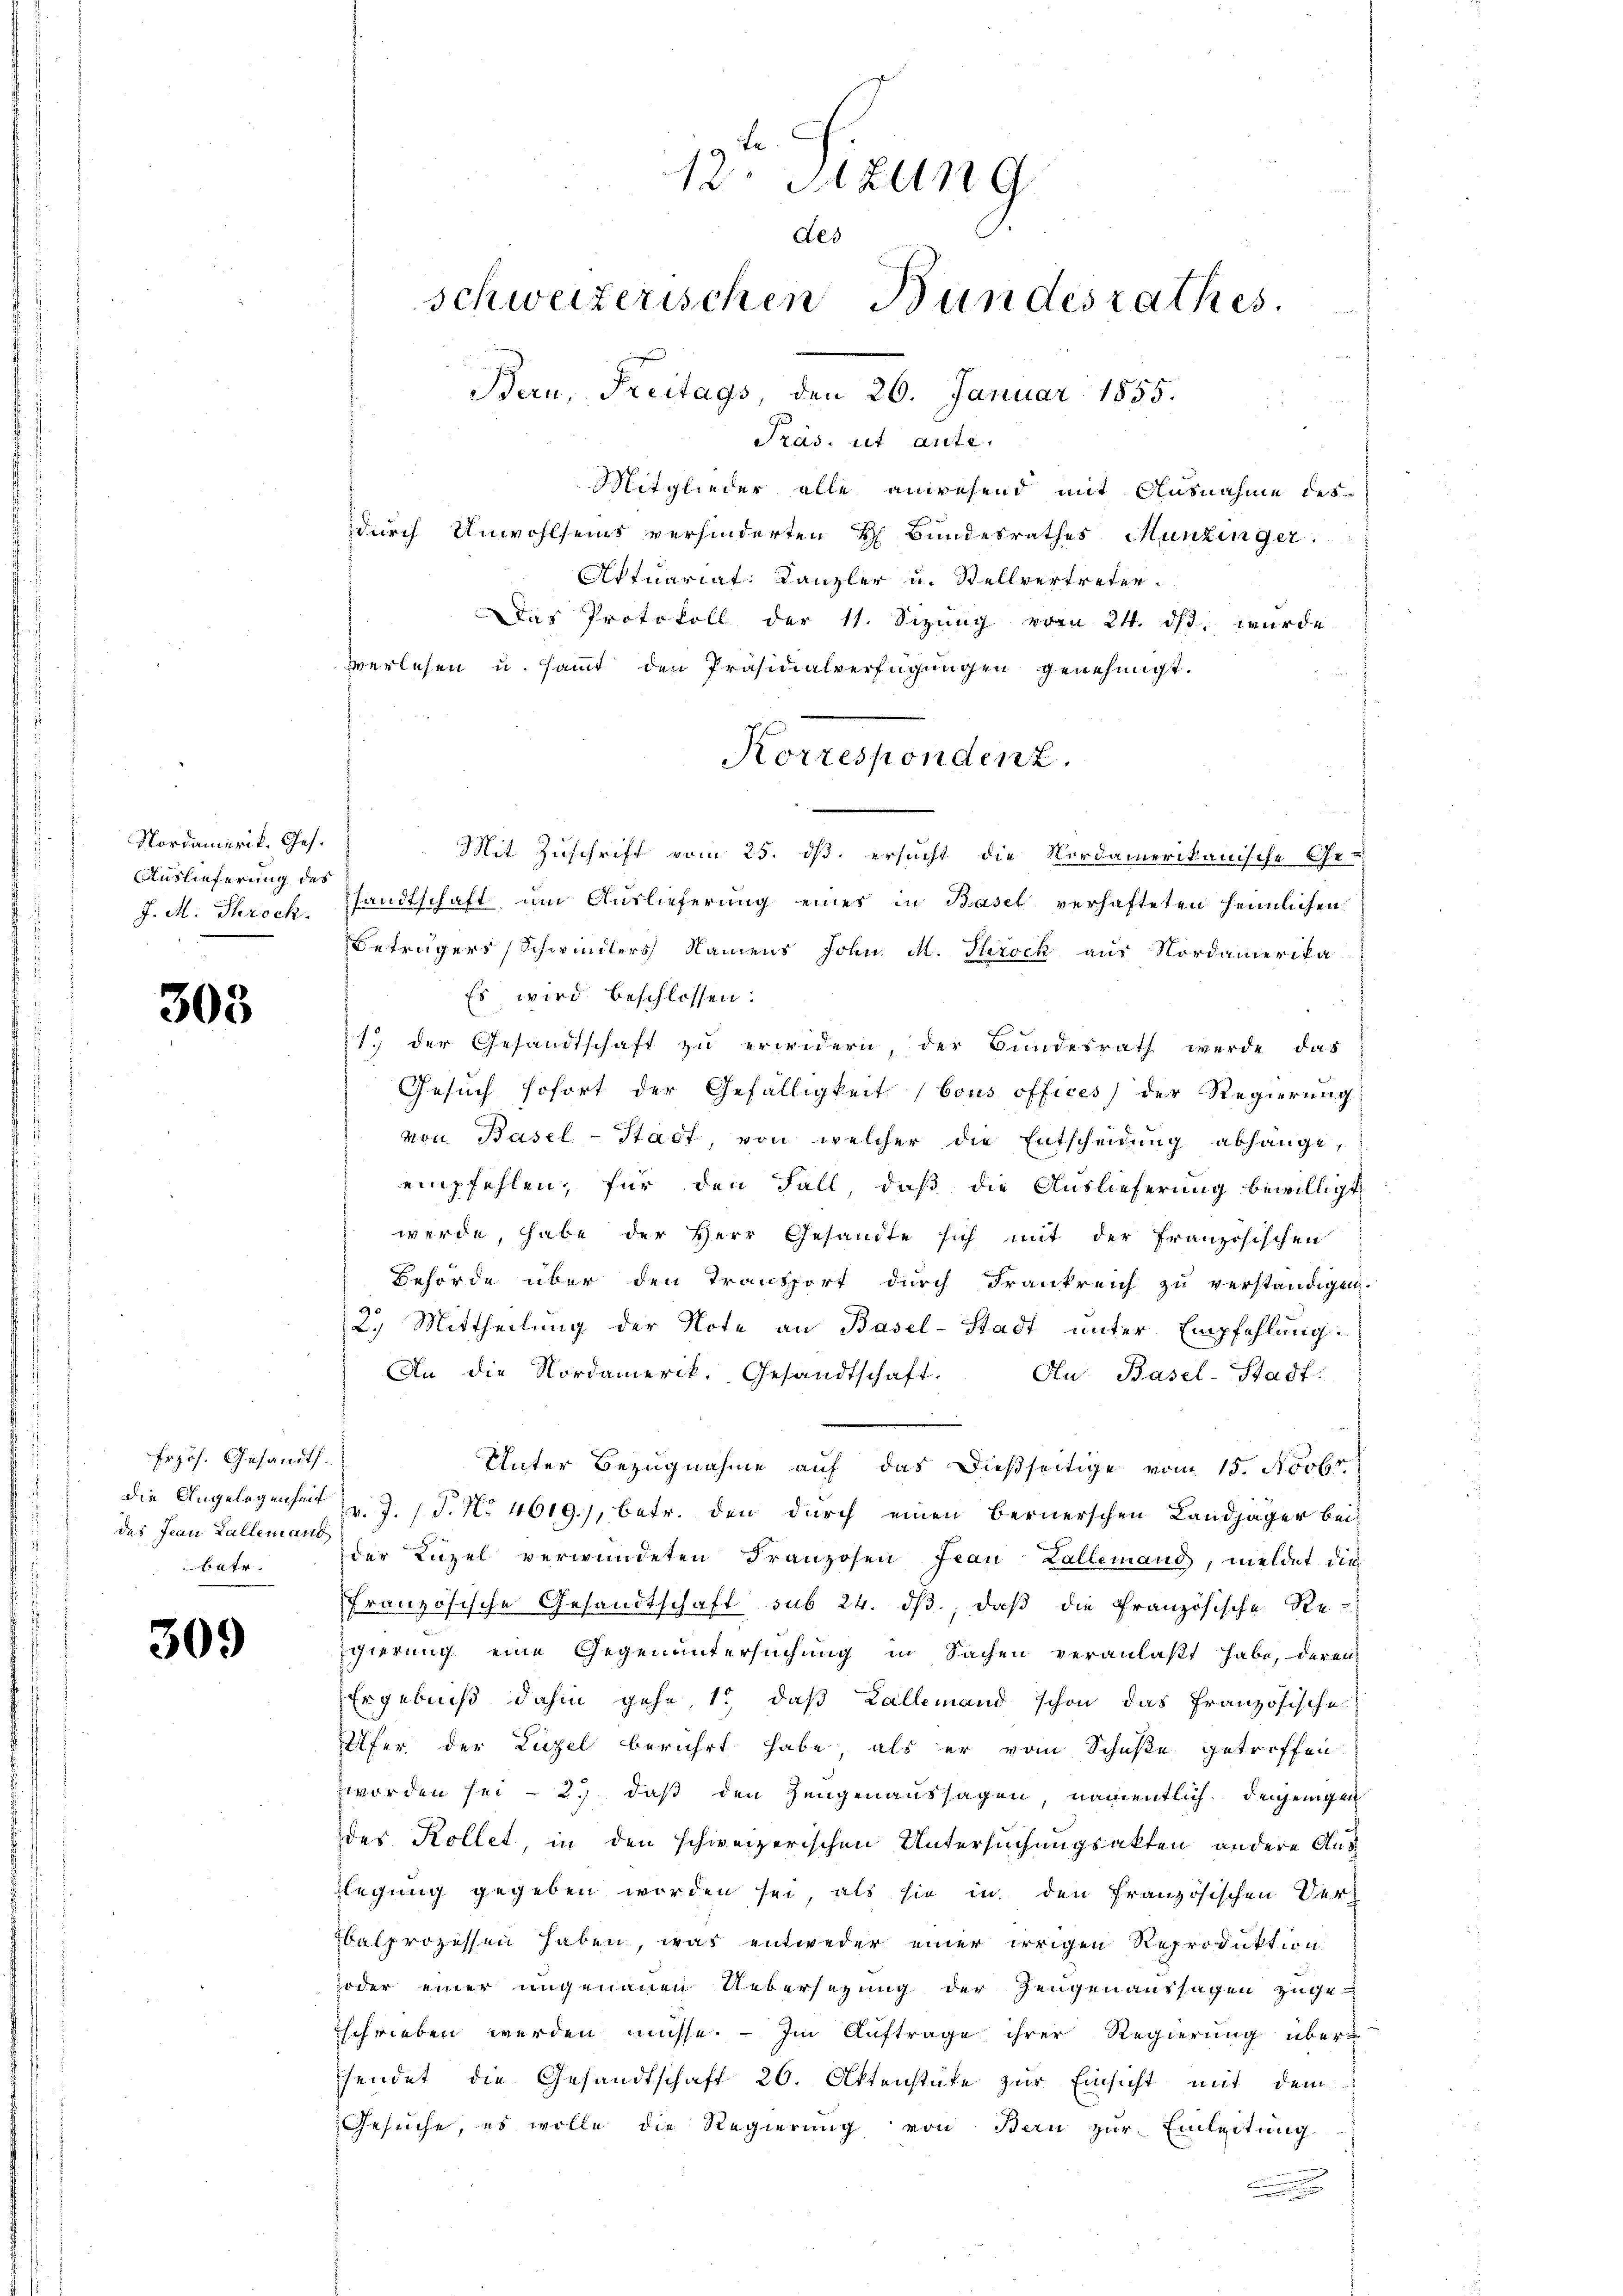
Nordamerik. Ges.
Auslieferung des
J. M. Throck.

303

Erzös. Gesandt.
die Angelegenheit
des Jean Fallemand
batr.

309

Präs. ut ante.
Mitglieder alle anwesend mit Ausnahme des
durch Unwohlseins verhinderten H. Bundesrathes Munzinger.
Actuariat Kanzler u. Stellvertreter.
Das Protokoll der 11. Sizŭng vom 24. ds. wurde.
verlesen u. sammt den Präsidialverfügungen genehmigt.
Mit Zuschrift vom 25. ds. ersucht die Nordamerikanische Ge-
sandtschaft, um Auslieferung eines in Basel verhafteten heimlichen
Beträgers (Schwindlers Namens John. M. Throck aus Nordamerika
Es wird beschlossen:
1. der Gesandtschaft zu erwidern, der Bundesrath werde das
Gesuch sofort der Gefälligkeit (bous offices) der Regierung
von Basel-Stadt, von welcher die Entscheidŭng abhänge,
empfehlen; für den Fall, daß die Auslieferung bewilligt
werde, habe der Herr Gesamte sich mit der französischen
Behörde über den Transport durch Frankreich zu verständigen.
2.) Mittheilung der Note an Basel-Stadt unter Empfehlung.
An die Nordamerik. Gesandtschaft. In Basel-Stadt
Unter Bezugnahme auf das dießseitige vom 15. Novbr.
v. J. J. J. No 4619), betr. den durch einen Bernerschen Landjäger bei-
der Luzel verwundeten Franzosen Frau Lallemand, meldet die
französische Gesandtschaft sub 24. dβ, daß die Französische Re-
gierung eine Gegenuntersuchung in Sachen veranlaßt habe, deren
Ergebniß dahin gehe, 1., daß Kallemand schon das französische
Ufer der Luzel berührt habe, als er vom Schuße getroffen
worden sei - 2.) daß den Zeugenaussagen, namentlich denjenigen
der Kollet, in den schweizerischen Untersuchungsakten andere Aus
legung gegeben worden sei, als sie in den französischen Verbalprozessen haben, was entweder einer irrigen Reproduktion
oder einer ungenauen Uebersezung der Zeugenaussagen zuge-
schrieben werden müsse. — Im Auftrage ihrer Regierung übersendet die Gesandtschaft 26. Aktenstäte zur Einsicht mit dem
Gesuche, es wolle die Regierung von Bern zur Einleitung

12. Sitzung
des
schweizerischen Bundesrathes
Bern, Freitags, den 26. Januar 1855.

Korrespondenz.